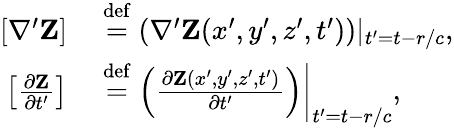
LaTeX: \begin{array}{rl}{[\nabla^{\prime}{\mathbf Z}]}&{{}\stackrel{\operatorname{def}}{=}(\nabla^{\prime}{\mathbf Z}(x^{\prime},y^{\prime},z^{\prime},t^{\prime}))|_{t^{\prime}=t-r/c},}\\ {\left[\frac{\partial{\mathbf Z}}{\partial t^{\prime}}\right]}&{{}\stackrel{\operatorname{def}}{=}\left(\frac{\partial{\mathbf Z}(x^{\prime},y^{\prime},z^{\prime},t^{\prime})}{\partial t^{\prime}}\right)\bigg\rvert_{t^{\prime}=t-r/c},}\end{array}